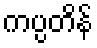
ကပ္ပတိန်